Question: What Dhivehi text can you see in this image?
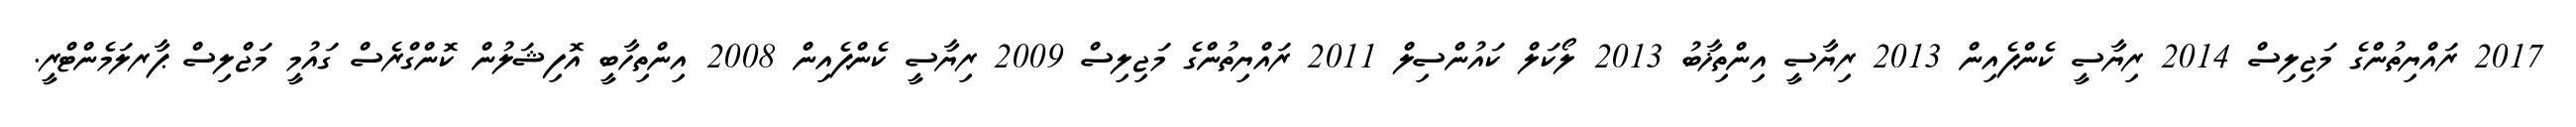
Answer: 2017 ރައްޔިތުންގެ މަޖިލިސް 2014 ރިޔާސީ ކެންޕެއިން 2013 ރިޔާސީ އިންތިޚާބު 2013 ލޯކަލް ކައުންސިލް 2011 ރައްޔިތުންގެ މަޖިލިސް 2009 ރިޔާސީ ކެންޕެއިން 2008 އިންތިހާބީ އޮފިޝަލުން ކޮންގްރެސް ގައުމީ މަޖްލިސް ޕާރލަމެންޓްރީ.